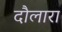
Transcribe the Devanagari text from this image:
दौलारा